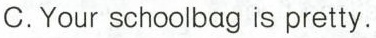
C.Your schoolbag is pretty。